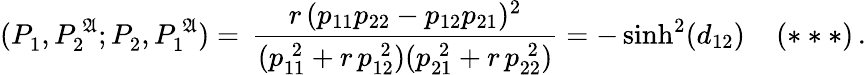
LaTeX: \displaystyle(P_{1}^{\, },P_{2}^{\, \mathfrak{A}};P_{2}^{\, },P_{1}^{\, \mathfrak{A}})=\, \frac{r\, (p_{11}p_{22}-p_{12}p_{21})^{2}}{(p_{11}^{\; 2}+r\, p_{12}^{\; 2})(p_{21}^{\; 2}+r\, p_{22}^{\; 2})}=-\sinh^{2}(d_{12})\; \; \; \; (***)\, .